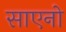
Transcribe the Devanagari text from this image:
साएनो